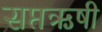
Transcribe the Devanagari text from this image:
सप्तऋषी